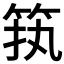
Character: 𱷷